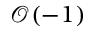
{ \mathcal { O } } ( - 1 )